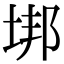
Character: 垹